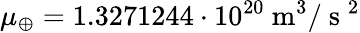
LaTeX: \mu_{\oplus}=1.3271244\cdot 10^{20}~\textup{m}^{3}/\mathrm{~s~}^{2}